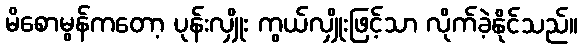
မိစောမွန်ကတော့ ပုန်းလျှိုး ကွယ်လျှိုးဖြင့်သာ လိုက်ခဲ့နိုင်သည်။